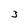
Character: 3